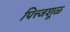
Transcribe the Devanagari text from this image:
पित्त्जशूळ